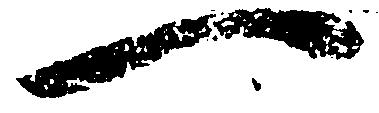
一